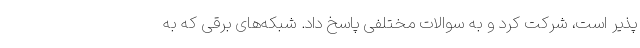
پذیر است، شرکت کرد و به سوالات مختلفی پاسخ داد. شبکه‌های برقی که به